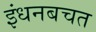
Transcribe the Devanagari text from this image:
इंधनबचत